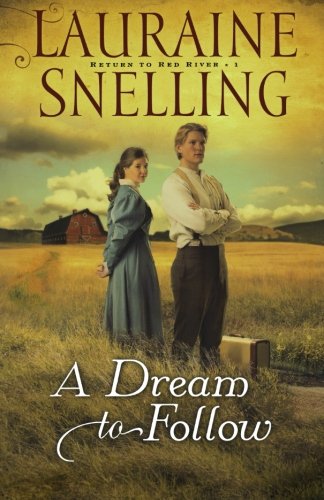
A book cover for A Dream to Follow (Return to Red River #1); Lauraine Snelling; Christian Books & Bibles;